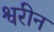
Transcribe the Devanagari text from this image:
श्वरीन